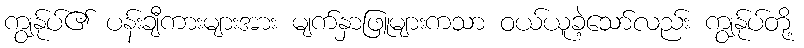
ကျွန်ုပ်၏ ပန်းချီကားများအား မျက်နှာဖြူများကသာ ဝယ်ယူခဲ့သော်လည်း ကျွန်ုပ်တို့